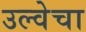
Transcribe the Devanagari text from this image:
उल्वेचा